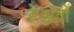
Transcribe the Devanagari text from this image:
हेडांती